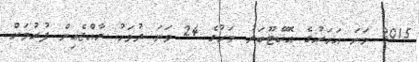
2015 ވަނަ އަހަރުގެ އޮކްޓޫބަރު މަހުގެ 24 ވަނަ ދުވަހު ރާއްޖެއިން ފުރުމަށް